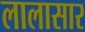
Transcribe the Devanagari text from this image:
लालासार